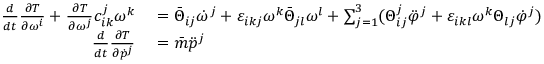
\begin{array} { r l } { \frac { d } { d t } \frac { \partial T } { \partial \omega ^ { i } } + \frac { \partial T } { \partial \omega ^ { j } } c _ { i k } ^ { j } \omega ^ { k } } & { { } = \bar { \Theta } _ { i j } \dot { \omega } ^ { j } + \varepsilon _ { i k j } \omega ^ { k } \bar { \Theta } _ { j l } \omega ^ { l } + \sum _ { j = 1 } ^ { 3 } ( \Theta _ { i j } ^ { j } \ddot { \varphi } ^ { j } + \varepsilon _ { i k l } \omega ^ { k } \Theta _ { l j } \dot { \varphi } ^ { j } ) } \\ { \frac { d } { d t } \frac { \partial T } { \partial \dot { p } ^ { j } } } & { { } = \bar { m } \ddot { p } ^ { j } } \end{array}